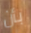
بأن